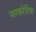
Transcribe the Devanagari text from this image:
नारकोटिक